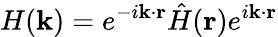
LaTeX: H(\mathbf{k})=e^{-i\mathbf{k}\cdot\mathbf{r}}\hat{H}(\mathbf{r})e^{i\mathbf{k}\cdot\mathbf{r}}